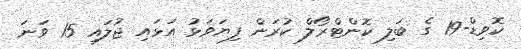
ކޮވިޑް-19 ގެ ބަލި ކޮންޓްރޯލް ކުރަން ފިޔަވަޅު އަޅައި ޖުލައި 15 ވަނަ